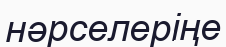
нәрселеріңе